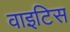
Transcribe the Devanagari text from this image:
वाइटिस